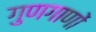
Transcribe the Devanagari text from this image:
गुणगाणों